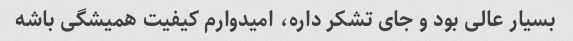
بسیار عالی بود و جای تشکر داره، امیدوارم کیفیت همیشگی باشه